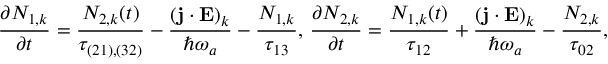
\frac { \partial N _ { 1 , k } } { \partial t } = \frac { N _ { 2 , k } ( t ) } { \tau _ { ( 2 1 ) , ( 3 2 ) } } - \frac { ( \mathbf { j } \cdot \mathbf { E } ) _ { k } } { \hbar \omega _ { a } } - \frac { N _ { 1 , k } } { \tau _ { 1 3 } } \mathrm { , ~ } \frac { \partial N _ { 2 , k } } { \partial t } = \frac { N _ { 1 , k } ( t ) } { \tau _ { 1 2 } } + \frac { ( \mathbf { j } \cdot \mathbf { E } ) _ { k } } { \hbar \omega _ { a } } - \frac { N _ { 2 , k } } { \tau _ { 0 2 } } \mathrm { , }